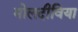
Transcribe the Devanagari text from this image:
मोलदीविया